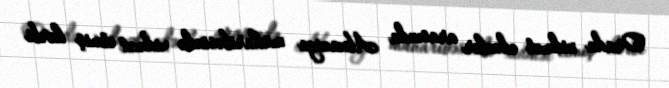
Orada xidmət edənlər arasında Abxaziya müharibəsində xidmət etmiş hərbi